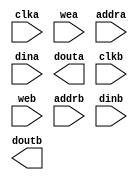
module lookuptable4(
  clka,
  wea,
  addra,
  dina,
  douta,
  clkb,
  web,
  addrb,
  dinb,
  doutb
);

input clka;
input [0 : 0] wea;
input [12 : 0] addra;
input [27 : 0] dina;
output [27 : 0] douta;
input clkb;
input [0 : 0] web;
input [14 : 0] addrb;
input [6 : 0] dinb;
output [6 : 0] doutb;

// synthesis translate_off

  BLK_MEM_GEN_V7_3 #(
    .C_ADDRA_WIDTH(13),
    .C_ADDRB_WIDTH(15),
    .C_ALGORITHM(1),
    .C_AXI_ID_WIDTH(4),
    .C_AXI_SLAVE_TYPE(0),
    .C_AXI_TYPE(1),
    .C_BYTE_SIZE(9),
    .C_COMMON_CLK(0),
    .C_DEFAULT_DATA("0"),
    .C_DISABLE_WARN_BHV_COLL(0),
    .C_DISABLE_WARN_BHV_RANGE(0),
    .C_ENABLE_32BIT_ADDRESS(0),
    .C_FAMILY("virtex5"),
    .C_HAS_AXI_ID(0),
    .C_HAS_ENA(0),
    .C_HAS_ENB(0),
    .C_HAS_INJECTERR(0),
    .C_HAS_MEM_OUTPUT_REGS_A(1),
    .C_HAS_MEM_OUTPUT_REGS_B(1),
    .C_HAS_MUX_OUTPUT_REGS_A(0),
    .C_HAS_MUX_OUTPUT_REGS_B(0),
    .C_HAS_REGCEA(0),
    .C_HAS_REGCEB(0),
    .C_HAS_RSTA(0),
    .C_HAS_RSTB(0),
    .C_HAS_SOFTECC_INPUT_REGS_A(0),
    .C_HAS_SOFTECC_OUTPUT_REGS_B(0),
    .C_INIT_FILE("BlankString"),
    .C_INIT_FILE_NAME("lookuptable4.mif"),
    .C_INITA_VAL("0"),
    .C_INITB_VAL("0"),
    .C_INTERFACE_TYPE(0),
    .C_LOAD_INIT_FILE(1),
    .C_MEM_TYPE(2),
    .C_MUX_PIPELINE_STAGES(0),
    .C_PRIM_TYPE(1),
    .C_READ_DEPTH_A(8192),
    .C_READ_DEPTH_B(32768),
    .C_READ_WIDTH_A(28),
    .C_READ_WIDTH_B(7),
    .C_RST_PRIORITY_A("CE"),
    .C_RST_PRIORITY_B("CE"),
    .C_RST_TYPE("SYNC"),
    .C_RSTRAM_A(0),
    .C_RSTRAM_B(0),
    .C_SIM_COLLISION_CHECK("ALL"),
    .C_USE_BRAM_BLOCK(0),
    .C_USE_BYTE_WEA(0),
    .C_USE_BYTE_WEB(0),
    .C_USE_DEFAULT_DATA(0),
    .C_USE_ECC(0),
    .C_USE_SOFTECC(0),
    .C_WEA_WIDTH(1),
    .C_WEB_WIDTH(1),
    .C_WRITE_DEPTH_A(8192),
    .C_WRITE_DEPTH_B(32768),
    .C_WRITE_MODE_A("WRITE_FIRST"),
    .C_WRITE_MODE_B("WRITE_FIRST"),
    .C_WRITE_WIDTH_A(28),
    .C_WRITE_WIDTH_B(7),
    .C_XDEVICEFAMILY("virtex5")
  )
  inst (
    .CLKA(clka),
    .WEA(wea),
    .ADDRA(addra),
    .DINA(dina),
    .DOUTA(douta),
    .CLKB(clkb),
    .WEB(web),
    .ADDRB(addrb),
    .DINB(dinb),
    .DOUTB(doutb),
    .RSTA(),
    .ENA(),
    .REGCEA(),
    .RSTB(),
    .ENB(),
    .REGCEB(),
    .INJECTSBITERR(),
    .INJECTDBITERR(),
    .SBITERR(),
    .DBITERR(),
    .RDADDRECC(),
    .S_ACLK(),
    .S_ARESETN(),
    .S_AXI_AWID(),
    .S_AXI_AWADDR(),
    .S_AXI_AWLEN(),
    .S_AXI_AWSIZE(),
    .S_AXI_AWBURST(),
    .S_AXI_AWVALID(),
    .S_AXI_AWREADY(),
    .S_AXI_WDATA(),
    .S_AXI_WSTRB(),
    .S_AXI_WLAST(),
    .S_AXI_WVALID(),
    .S_AXI_WREADY(),
    .S_AXI_BID(),
    .S_AXI_BRESP(),
    .S_AXI_BVALID(),
    .S_AXI_BREADY(),
    .S_AXI_ARID(),
    .S_AXI_ARADDR(),
    .S_AXI_ARLEN(),
    .S_AXI_ARSIZE(),
    .S_AXI_ARBURST(),
    .S_AXI_ARVALID(),
    .S_AXI_ARREADY(),
    .S_AXI_RID(),
    .S_AXI_RDATA(),
    .S_AXI_RRESP(),
    .S_AXI_RLAST(),
    .S_AXI_RVALID(),
    .S_AXI_RREADY(),
    .S_AXI_INJECTSBITERR(),
    .S_AXI_INJECTDBITERR(),
    .S_AXI_SBITERR(),
    .S_AXI_DBITERR(),
    .S_AXI_RDADDRECC()
  );

// synthesis translate_on

endmodule